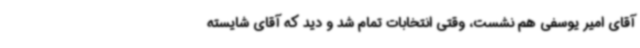
آقای امیر یوسفی هم نشست، وقتی انتخابات تمام شد و دید که آقای شایسته